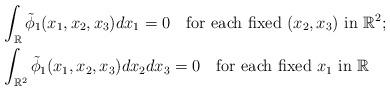
LaTeX: \begin{align*}&\int_{\mathbb R} \tilde\phi_1(x_1,x_2,x_3) dx_1=0\quad{\rm for\ each\ fixed\ } (x_2,x_3)\ {\rm in\ } \mathbb R^2;\\&\int_{\mathbb R^2} \tilde\phi_1(x_1,x_2,x_3) dx_2dx_3=0 \quad{\rm for\ each\ fixed\ } x_1\ {\rm in\ } \mathbb R\end{align*}